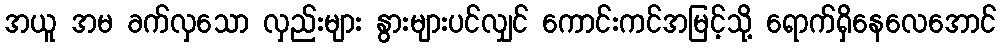
အယူ အမ ခက်လှသော လှည်းများ နွားများပင်လျှင် ကောင်းကင်အမြင့်သို့ ရောက်ရှိနေလေအောင်